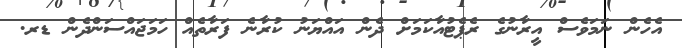
އެހެން ނަމަވެސް އީރާނުގެ ރެޕެޓުއާކަމަށް ދެން އައްޔަނު ކުރާނެ ފަރާތެއް ހަމަޖައްސަންދެން ޑރ.